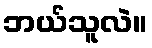
ဘယ်သူလဲ။